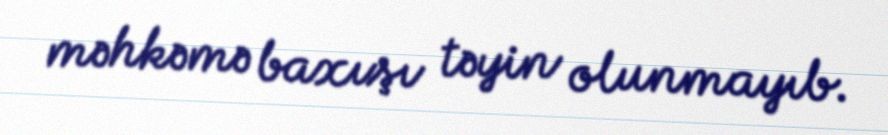
məhkəmə baxışı təyin olunmayıb.